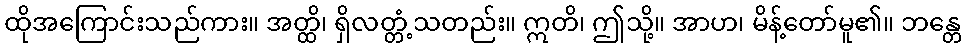
ထိုအကြောင်းသည်ကား။ အတ္ထိ၊ ရှိလတ္တံ့သတည်း။ ဣတိ၊ ဤသို့။ အာဟ၊ မိန့်တော်မူ၏။ ဘန္တေ